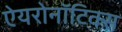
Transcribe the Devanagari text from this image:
ऐयरोनॉटिक्स